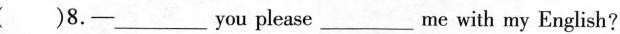
( )8.-___ you please ___ me with my English?